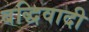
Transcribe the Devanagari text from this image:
बद्धिवादी